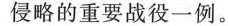
侵略的重要战役一例。